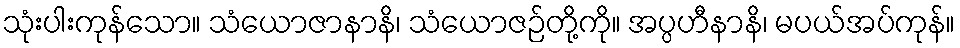
သုံးပါးကုန်သော။ သံယောဇာနာနိ၊ သံယောဇဉ်တို့ကို။ အပ္ပဟီနာနိ၊ မပယ်အပ်ကုန်။